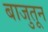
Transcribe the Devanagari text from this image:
बाजुतून